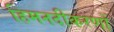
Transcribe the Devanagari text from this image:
हिमनदीकरणों